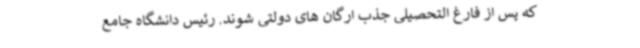
که پس از فارغ التحصیلی جذب ارگان های دولتی شوند. رئیس دانشگاه جامع